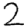
Digit: 2